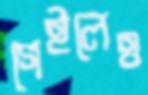
গেইলেও